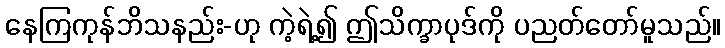
နေကြကုန်ဘိသနည်း-ဟု ကဲ့ရဲ့၍ ဤသိက္ခာပုဒ်ကို ပညတ်တော်မူသည်။